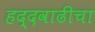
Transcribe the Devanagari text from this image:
हद्दवाढीचा